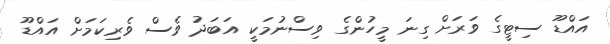
އައްޑޫ ސިޓީގެ ވަރަށް ގިނަ މީހުންގެ ވިސްނުމަކީ އަބަދު ވެސް ވެރިކަމަށް އައްޑޫ